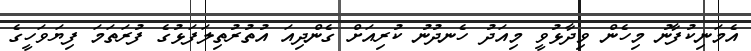
އެމަނިކުފާނު މިހެން ވިދާޅުވީ މިއަދު ހެނދުނު ކުރިއަށް ގެންދިއަ އުތުރުތިލަފަޅުގެ ފުރަތަމަ ފިޔަވަހީގެ